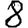
Digit: 8